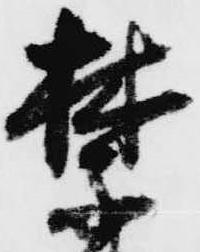
禁